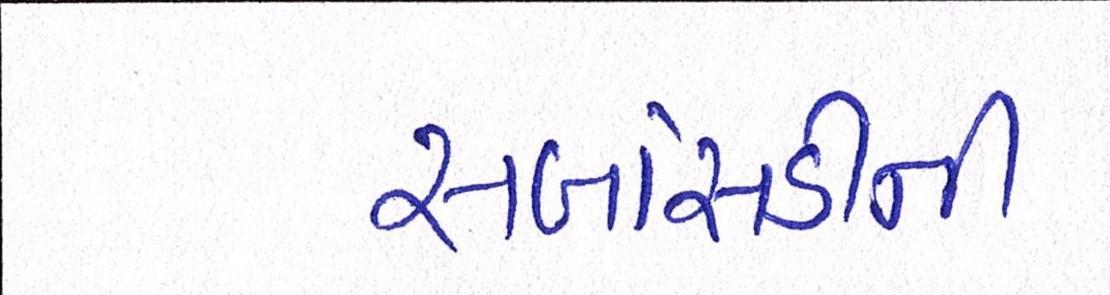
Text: સબસિડીની